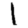
Digit: 1